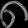
Digit: ၈